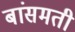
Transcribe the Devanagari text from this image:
बांसमती